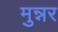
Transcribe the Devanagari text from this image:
मुन्नर